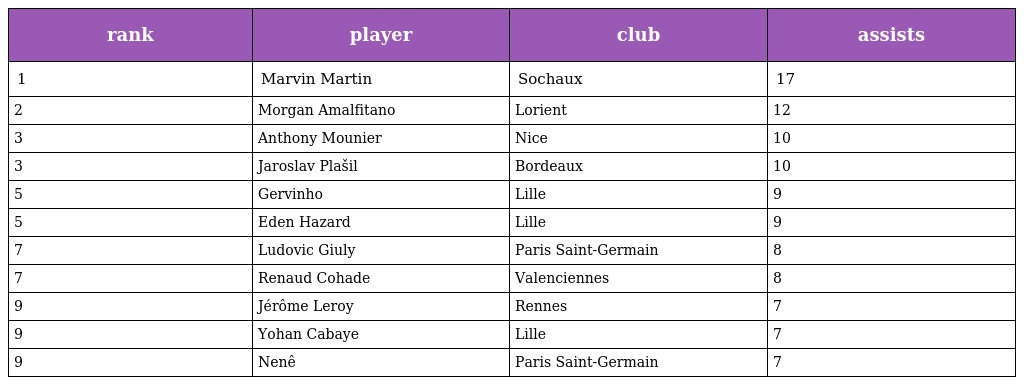
| rank | player | club | assists |
 | --- | --- | --- | --- |
 | 1 | Marvin Martin | Sochaux | 17 |
 | 2 | Morgan Amalfitano | Lorient | 12 |
 | 3 | Anthony Mounier | Nice | 10 |
 | 3 | Jaroslav Plašil | Bordeaux | 10 |
 | 5 | Gervinho | Lille | 9 |
 | 5 | Eden Hazard | Lille | 9 |
 | 7 | Ludovic Giuly | Paris Saint-Germain | 8 |
 | 7 | Renaud Cohade | Valenciennes | 8 |
 | 9 | Jérôme Leroy | Rennes | 7 |
 | 9 | Yohan Cabaye | Lille | 7 |
 | 9 | Nenê | Paris Saint-Germain | 7 |